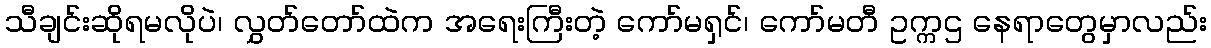
သီချင်းဆိုရမလိုပဲ၊ လွှတ်တော်ထဲက အရေးကြီးတဲ့ ကော်မရှင်၊ ကော်မတီ ဥက္ကဌ နေရာတွေမှာလည်း